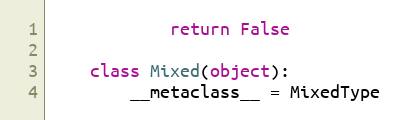
Language: Python
            return False

    class Mixed(object):
        __metaclass__ = MixedType